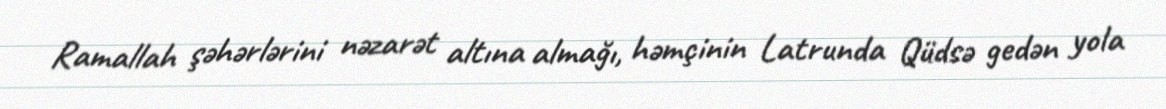
Ramallah şəhərlərini nəzarət altına almağı, həmçinin Latrunda Qüdsə gedən yola